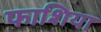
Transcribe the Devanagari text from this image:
फाशिया